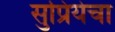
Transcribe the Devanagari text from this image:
सुप्रियेचा